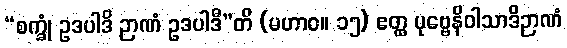
“စက္ခုံ ဥဒပါဒိ ဉာဏံ ဥဒပါဒီ”တိ (မဟာဝ။ ၁၅) ဧတ္ထ ပုဗ္ဗေနိဝါသာဒိဉာဏံ